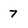
Character: 7